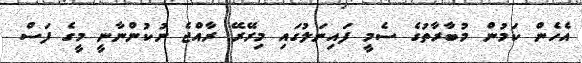
އެހެން ކަމުން މުބާރާތުގެ ސެމީ ފައިނަލުގައި މިރޭރޭ ރާއްޖެ ނުކުންނާނީ މީގެ ފަސް